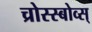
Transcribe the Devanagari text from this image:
च्रोस्स्बोव्स्